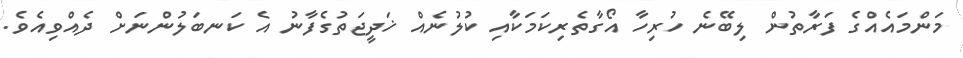
މަންމައެއްގެ ފަރާތުން ލިބޭނެ ހުރިހާ އޯގާތެރިކަމަކާއި ކުލުނެއް ޚަދީޖަތުގެފާނު އެ ކަނބަލުންނަށް ދެއްވިއެވެ.